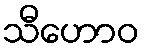
သီဟောဝ